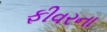
ફીવરના